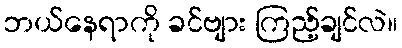
ဘယ်နေရာကို ခင်ဗျား ကြည့်ချင်လဲ။